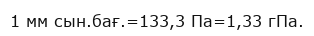
1 мм сын.бағ.=133,3 Па=1,33 гПа.